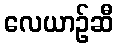
လေယာဉ်ဆီ